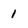
Character: 1